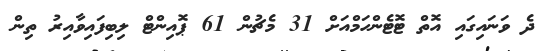
ދެ ވަނައިގައި އޮތް ޓޮޓެންހަމްއަށް 31 މެޗުން 61 ޕޮއިންޓް ލިބިފައިވާއިރު ތިން